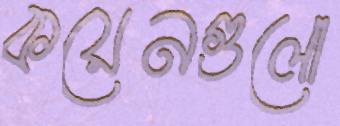
কয়েনগুলো